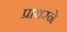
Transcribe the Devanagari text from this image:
प्राथरने